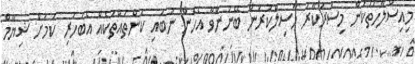
މިއިސްލާހުތަކުން މިސަރުކާރު ހާސިލްކުރަން ބޭނުންވާ އެހެން ނުބައި ކަންތައްތަކެއް އެބަހުރި ކަމަށް ޝިޔާމް